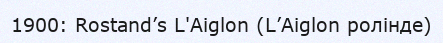
1900: Rostand’s L'Aiglon (L’Aiglon ролінде)